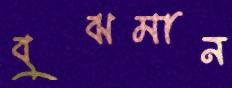
বুঝমান